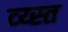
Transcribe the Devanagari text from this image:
व्य्स्त